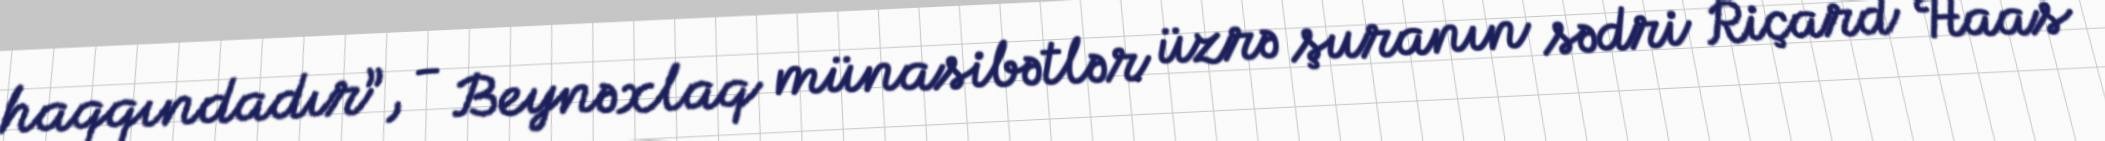
haqqındadır”, - Beynəxlaq münasibətlər üzrə şuranın sədri Riçard Haas